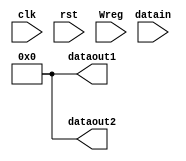
`timescale 1ns / 1ps
//////////////////////////////////////////////////////////////////////////////////
// Company: 
// Engineer: 
// 
// Design Name: 
// Module Name:    Reg1 
// Project Name: 
// Target Devices: 
// Tool versions: 
// Description: 
//
// Dependencies: 
//
// Revision: 
// Revision 0.01 - File Created
// Additional Comments: 
//
//////////////////////////////////////////////////////////////////////////////////
module Reg1(
input clk,
input rst,
input Wreg,
input [31:0]datain,
output [31:0]dataout1,
output [31:0]dataout2
    );
reg [31:0]a=0;
assign dataout1=a;
assign dataout2=a;

always@(posedge rst)
begin
	a=0;
end

always@(negedge clk)
begin
	if(Wreg==1)
		a=datain;
end

endmodule